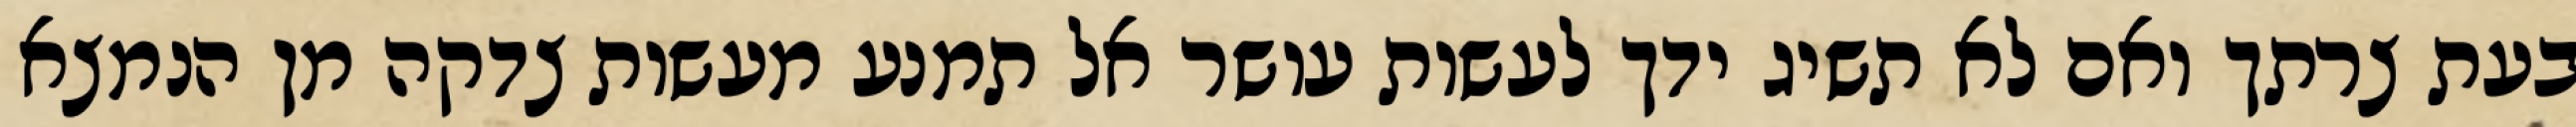
בעת צרתך ואם לא תשיג ידך לעשות עושר אל תמנע מעשות צדקה מן הנמצא